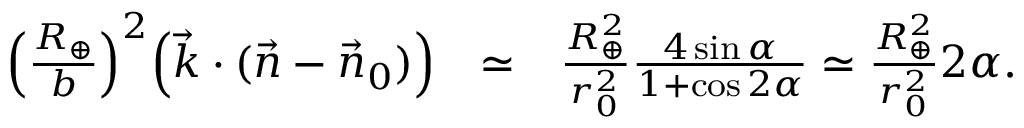
\begin{array} { r l r } { \Big ( \frac { R _ { \oplus } } { b } \Big ) ^ { 2 } \Big ( { \vec { k } } \cdot ( { \vec { n } } - { \vec { n } } _ { 0 } ) \Big ) } & { \simeq } & { \frac { R _ { \oplus } ^ { 2 } } { r _ { 0 } ^ { 2 } } \frac { 4 \sin \alpha } { 1 + \cos 2 \alpha } \simeq \frac { R _ { \oplus } ^ { 2 } } { r _ { 0 } ^ { 2 } } 2 \alpha . } \end{array}